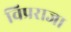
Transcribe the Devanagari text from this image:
विप्रराजा